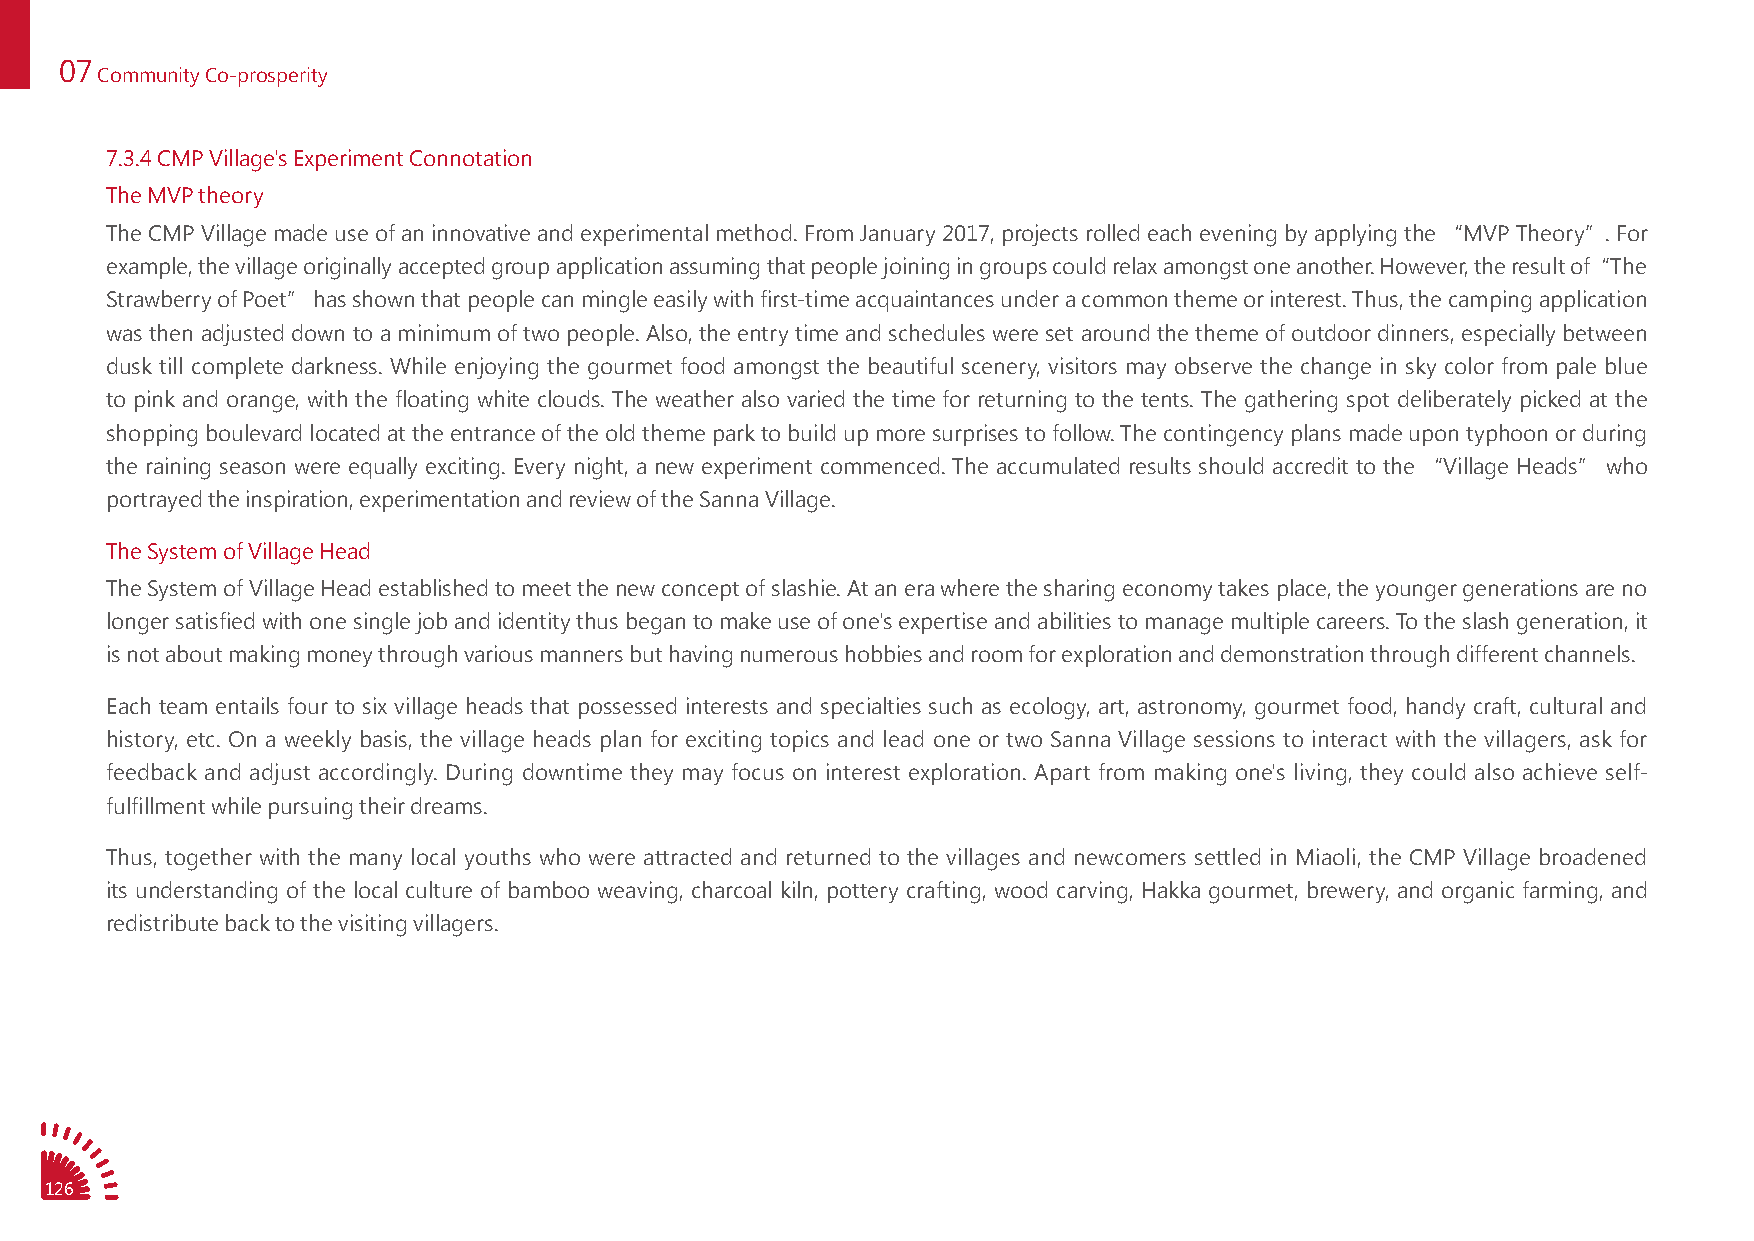
07
 Community Co-prosperity
 7.3.4 CMP Village's Experiment Connotation
 The MVP theory
 The CMP Village made use of an innovative and experimental method. From January 2017, projects rolled each evening by applying the “MVP Theory”. For
 example, the village originally accepted group application assuming that people joining in groups could relax amongst one another. However, the result of“ The
 Strawberry of Poet” has shown that people can mingle easily with first-time acquaintances under a common theme or interest. Thus, the camping application
 was then adjusted down to a minimum of two people. Also, the entry time and schedules were set around the theme of outdoor dinners, especially between
 dusk till complete darkness. While enjoying the gourmet food amongst the beautiful scenery, visitors may observe the change in sky color from pale blue
 to pink and orange, with the floating white clouds. The weather also varied the time for returning to the tents. The gathering spot deliberately picked at the
 shopping boulevard located at the entrance of the old theme park to build up more surprises to follow. The contingency plans made upon typhoon or during
 the raining season were equally exciting. Every night, a new experiment commenced. The accumulated results should accredit to the “Village Heads” who
 portrayed the inspiration, experimentation and review of the Sanna Village.
 The System of Village Head
 The System of Village Head established to meet the new concept of slashie. At an era where the sharing economy takes place, the younger generations are no
 longer satisfied with one single job and identity thus began to make use of one's expertise and abilities to manage multiple careers. To the slash generation, it
 is not about making money through various manners but having numerous hobbies and room for exploration and demonstration through different channels.
 Each team entails four to six village heads that possessed interests and specialties such as ecology, art, astronomy, gourmet food, handy craft, cultural and
 history, etc. On a weekly basis, the village heads plan for exciting topics and lead one or two Sanna Village sessions to interact with the villagers, ask for
 feedback and adjust accordingly. During downtime they may focus on interest exploration. Apart from making one's living, they could also achieve self-
 fulfillment while pursuing their dreams.
 Thus, together with the many local youths who were attracted and returned to the villages and newcomers settled in Miaoli, the CMP Village broadened
 its understanding of the local culture of bamboo weaving, charcoal kiln, pottery crafting, wood carving, Hakka gourmet, brewery, and organic farming, and
 redistribute back to the visiting villagers.
 126